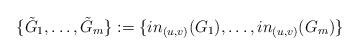
LaTeX: \begin{align*}\{\tilde{G}_1,\ldots, \tilde{G}_m\} := \{in_{(u,v)}(G_1),\ldots, in_{(u,v)}(G_m)\}\end{align*}